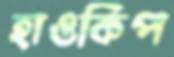
হাওকিপ